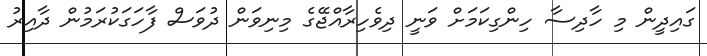
ގައިދީން މި ހާދިސާ ހިންގިކަމަށް ވަނީ ދިވެހިރާއްޖޭގެ މިނިވަން ދުވަސް ފާހަގަކުރަމުން ދާއިރު